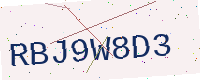
Text: RBJ9W8D3